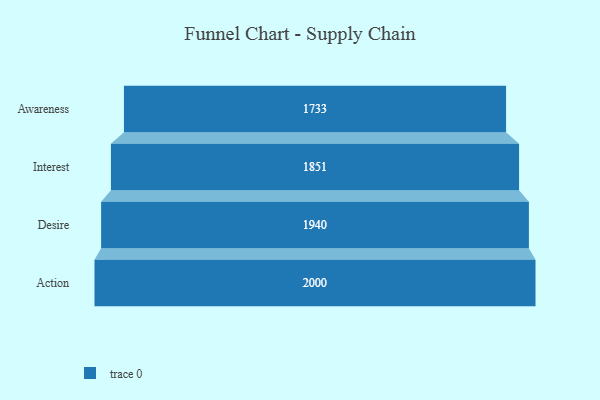
{"axis": {"x": "Stage", "y": "Value"}, "legend": [""], "data": [{"x": "Awareness", "y": 1733.0, "type": ""}, {"x": "Interest", "y": 1851.0, "type": ""}, {"x": "Desire", "y": 1940.0, "type": ""}, {"x": "Action", "y": 2000, "type": ""}]}